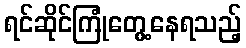
ရင်ဆိုင်ကြုံတွေ့နေရသည့်